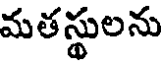
మతస్థులను